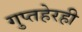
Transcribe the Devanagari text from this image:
गुप्तहेरही